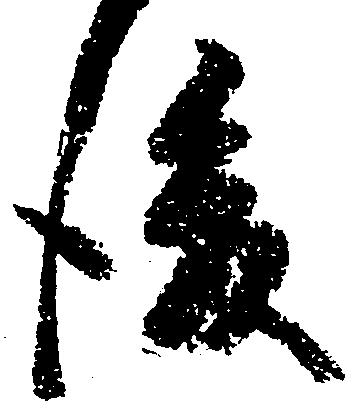
後